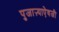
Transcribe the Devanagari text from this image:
पुजाऱ्याऐवजी